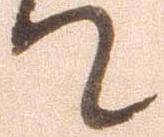
て